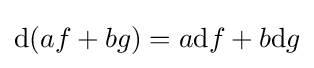
\mathrm {d} (af+bg)=a\mathrm {d} f+b\mathrm {d} g